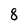
Character: 8